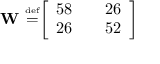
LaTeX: \mathbf { W } \ { \overset { \underset { \mathrm { d e f } } { } } { = } } { \left[ \begin{array} { l l l } { 5 8 } & { } & { 2 6 } \\ { 2 6 } & { } & { 5 2 } \end{array} \right] }